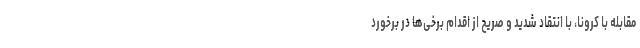
مقابله با کرونا، با انتقاد شدید و صریح از اقدام برخی‌ها در برخورد